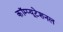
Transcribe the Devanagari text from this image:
कॉम्प्यूटेशनल